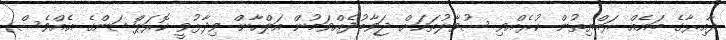
ދާއިރާގެ ބައެއް ރައްޔިތުން ކުރެއްވި ސުވާލުތަކަށް ޖަވާބުދެއްވަމުން އަލްހާން ވިދާޅުވީ ކޮރަޕްޝަންގެ އެއްވެސް